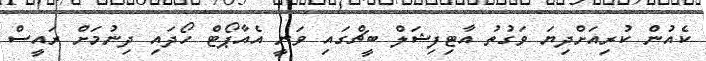
ކެއުން ކުރިއަށްދިޔަ ވަގުތު އާޓިފިޝަލް ބީޗްގައި ވަނީ އެއާޕޯޓް ހޯދައި ދިނުމަށް ރައީސް